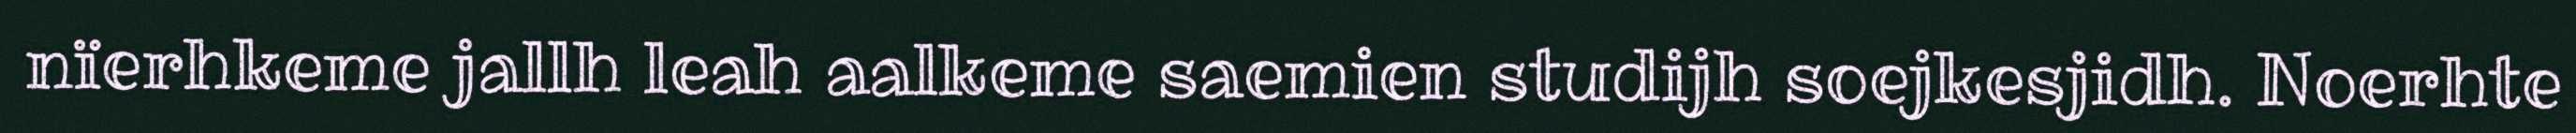
nïerhkeme jallh leah aalkeme saemien studijh soejkesjidh. Noerhte